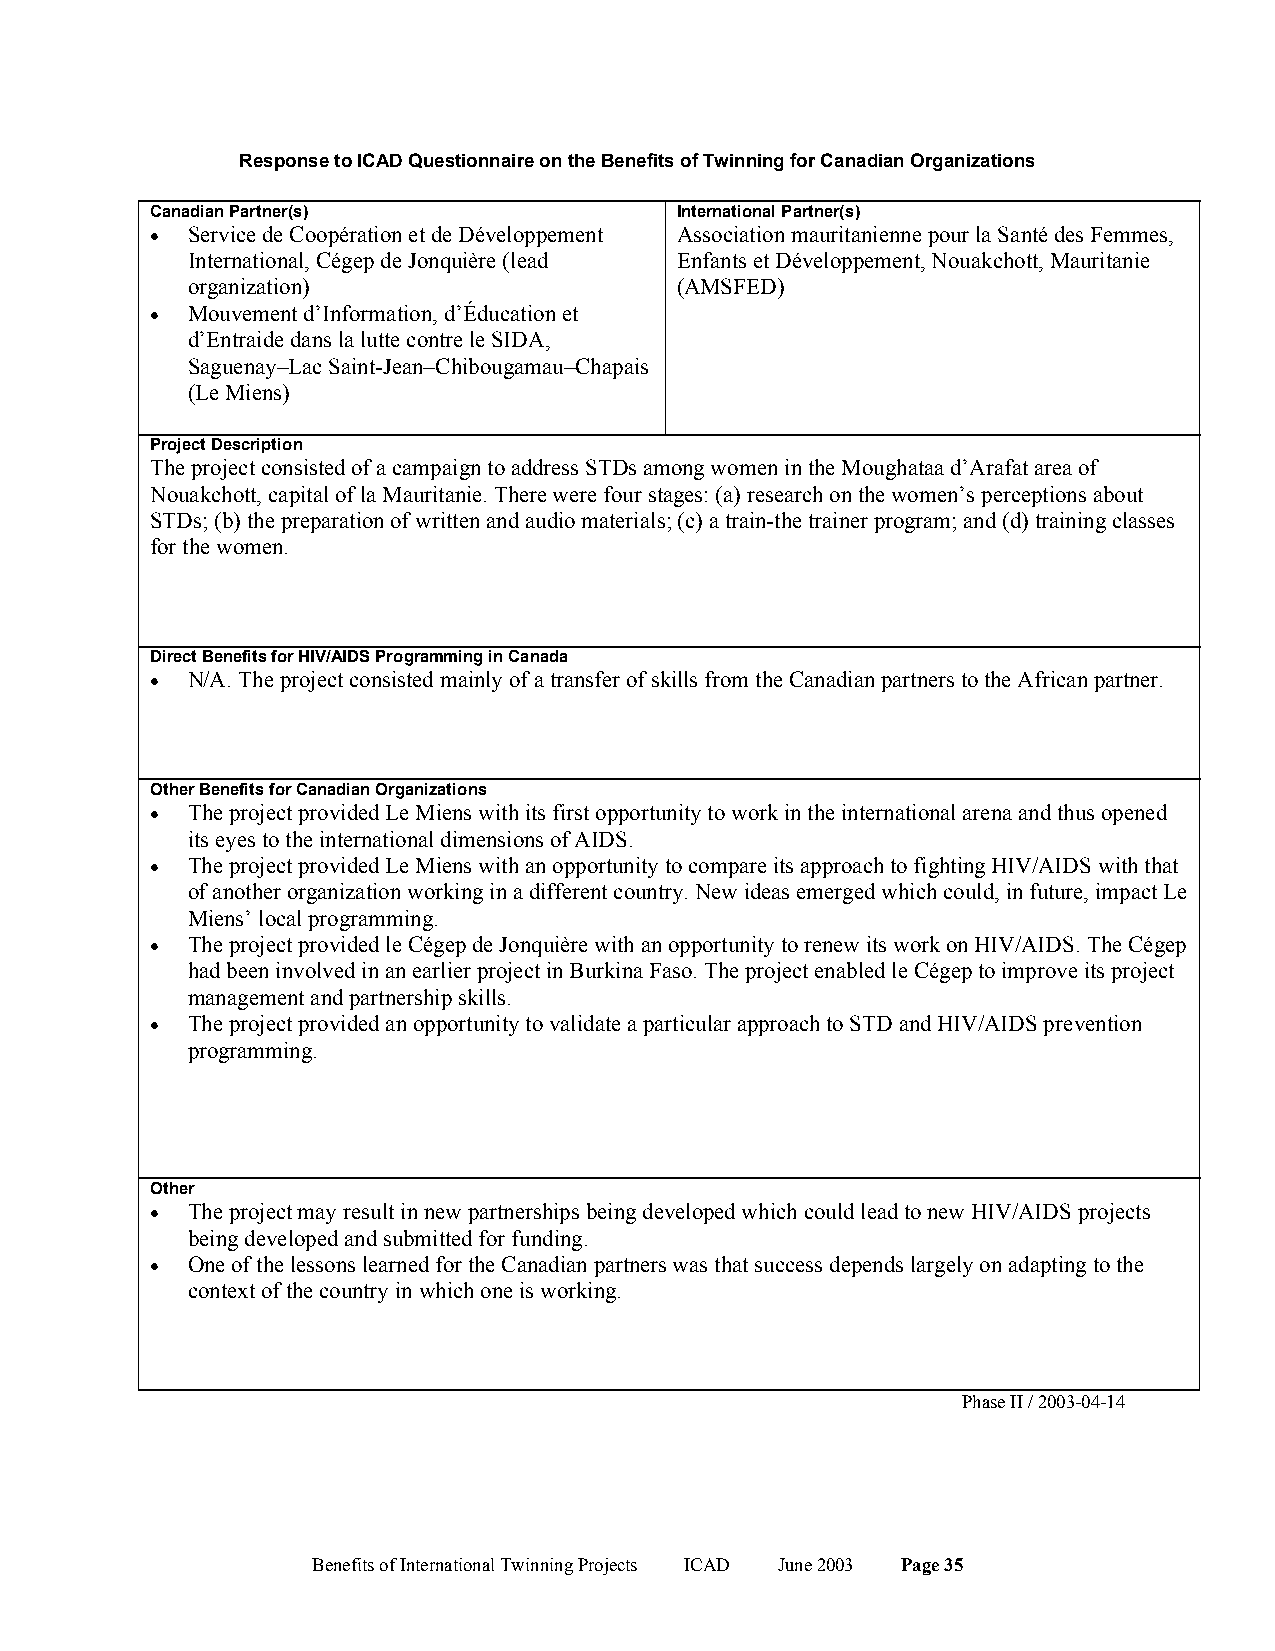
Response to ICAD Questionnaire on the Benefits of Twinning for Canadian Organizations
 Canadian Partner(s)                International Partner(s)
 • Service de Coopération et de Développement Association mauritanienne pour la Santé des Femmes,
 International, Cégep de Jonquière (lead Enfants et Développement, Nouakchott, Mauritanie
 organization)                    (AMSFED)
 • Mouvement d’Information, d’Éducation et
 d’Entraide dans la lutte contre le SIDA,
 Saguenay–Lac Saint-Jean–Chibougamau–Chapais
 (Le Miens)
 Project Description
 The project consisted of a campaign to address STDs among women in the Moughataa d’Arafat area of
 Nouakchott, capital of la Mauritanie. There were four stages: (a) research on the women’s perceptions about
 STDs; (b) the preparation of written and audio materials; (c) a train-the trainer program; and (d) training classes
 for the women.
 Direct Benefits for HIV/AIDS Programming in Canada
 • N/A. The project consisted mainly of a transfer of skills from the Canadian partners to the African partner.
 Other Benefits for Canadian Organizations
 • The project provided Le Miens with its first opportunity to work in the international arena and thus opened
 its eyes to the international dimensions of AIDS.
 • The project provided Le Miens with an opportunity to compare its approach to fighting HIV/AIDS with that
 of another organization working in a different country. New ideas emerged which could, in future, impact Le
 Miens’ local programming.
 • The project provided le Cégep de Jonquière with an opportunity to renew its work on HIV/AIDS. The Cégep
 had been involved in an earlier project in Burkina Faso. The project enabled le Cégep to improve its project
 management and partnership skills.
 • The project provided an opportunity to validate a particular approach to STD and HIV/AIDS prevention
 programming.
 Other
 • The project may result in new partnerships being developed which could lead to new HIV/AIDS projects
 being developed and submitted for funding.
 • One of the lessons learned for the Canadian partners was that success depends largely on adapting to the
 context of the country in which one is working.
 Phase II / 2003-04-14
 Benefits of International Twinning Projects ICAD June 2003 Page 35